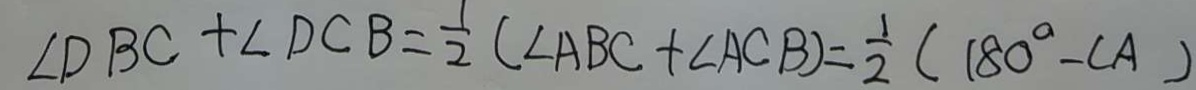
\angle D B C + \angle D C B = \frac { 1 } { 2 } ( \angle A B C + \angle A C B ) = \frac { 1 } { 2 } ( 1 8 0 ^ { \circ } - \angle A )